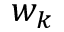
w _ { k }